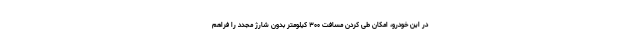
در این خودرو، امکان طی کردن مسافت ۳۰۰ کیلومتر بدون شارژ مجدد را فراهم